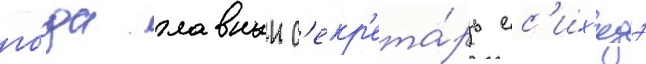
го́да главныи с'екр'ета́рь ес'их'идэ